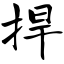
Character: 捍